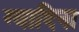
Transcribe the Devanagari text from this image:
ग्वादिना